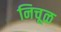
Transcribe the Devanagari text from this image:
निचूळ